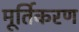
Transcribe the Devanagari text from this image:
मूर्तिकरण